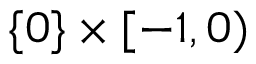
\{ 0 \} \times [ - 1 , 0 )